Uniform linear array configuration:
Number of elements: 64
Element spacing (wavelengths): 0.75
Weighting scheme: cosine
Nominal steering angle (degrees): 0
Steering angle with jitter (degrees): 0.5993
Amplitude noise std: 0.05
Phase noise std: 0.05

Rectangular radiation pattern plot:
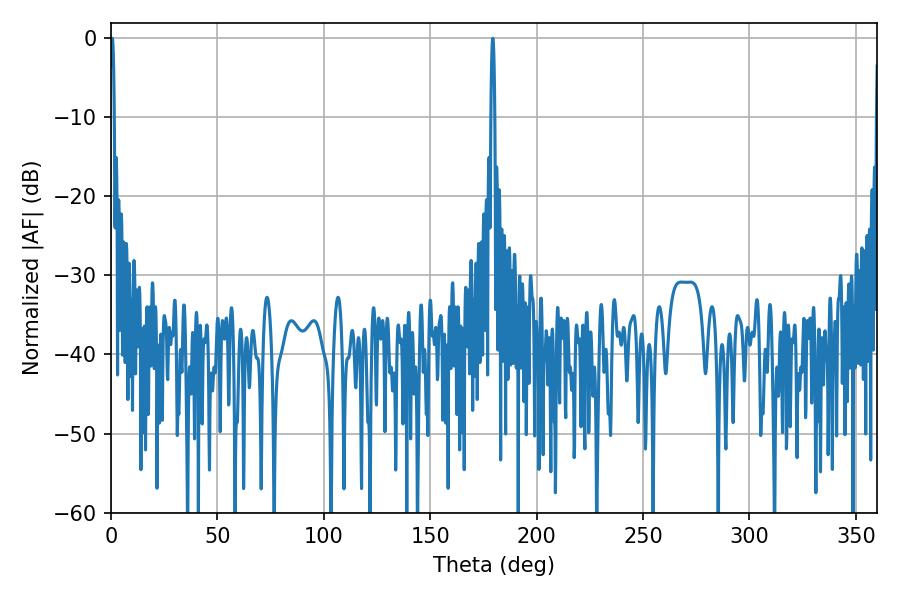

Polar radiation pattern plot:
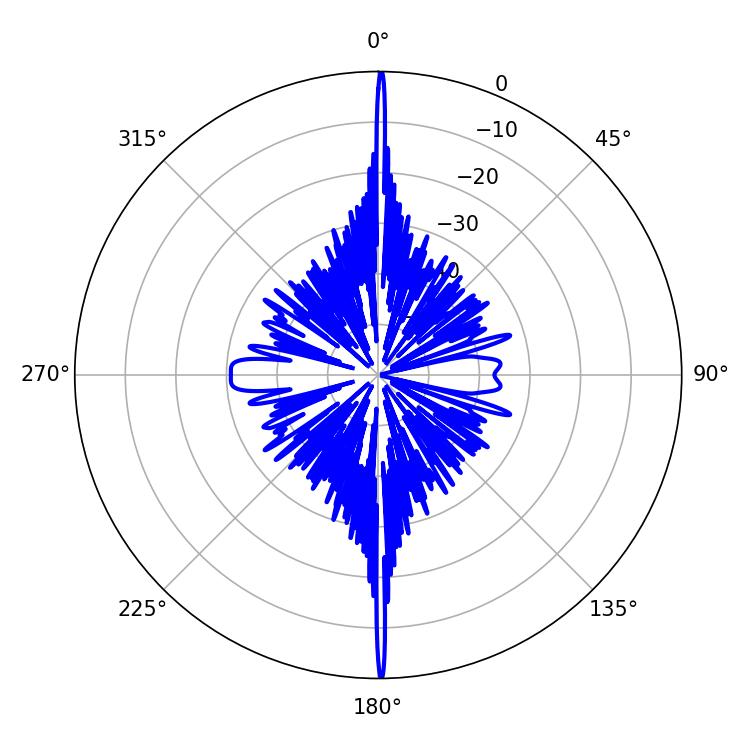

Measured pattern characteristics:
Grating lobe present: TRUE
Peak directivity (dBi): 38.281
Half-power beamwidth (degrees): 0.9
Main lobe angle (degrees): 0.54